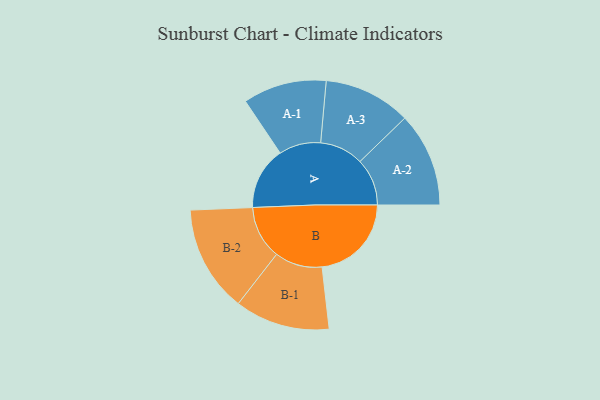
{"axis": {"x": "Segment", "y": "Value"}, "legend": ["", "A", "B"], "data": [{"x": "A", "y": 337, "type": ""}, {"x": "B", "y": 481, "type": ""}, {"x": "A-1", "y": 225, "type": "A"}, {"x": "A-2", "y": 254, "type": "A"}, {"x": "A-3", "y": 235, "type": "A"}, {"x": "B-1", "y": 256, "type": "B"}, {"x": "B-2", "y": 287, "type": "B"}]}